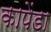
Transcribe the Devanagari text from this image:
कापेंडा